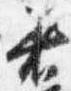
着